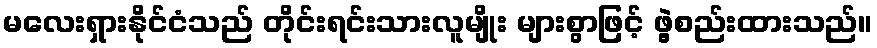
မလေးရှားနိုင်ငံသည် တိုင်းရင်းသားလူမျိုး များစွာဖြင့် ဖွဲ့စည်းထားသည်။